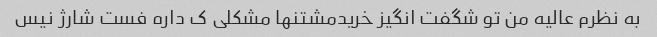
به نظرم عالیه من تو شگفت انگیز خریدمشتنها مشکلی ک داره فست شارژ نیس